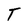
Character: T